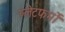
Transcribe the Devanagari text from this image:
प्‍लेटफर्मों